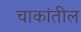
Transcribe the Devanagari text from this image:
चाकांतील